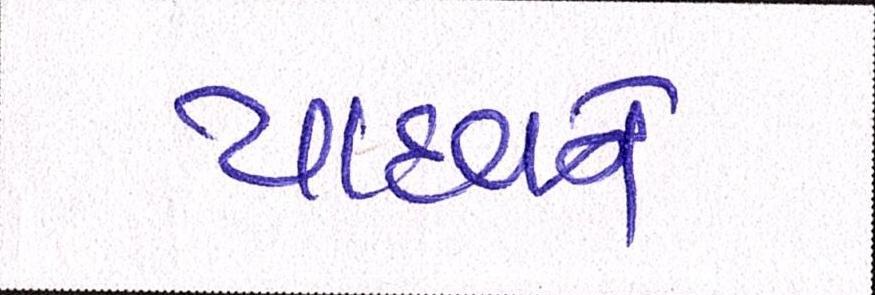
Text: યાદવને